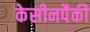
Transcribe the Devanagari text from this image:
केसीनपैकी